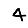
Digit: 4